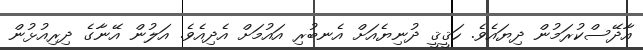
އާދޭސްކުރަމުން ދިޔައެވެ. ހަޤީޤީ ދުނިޔެއަށް އެނބުރި އައުމަށް އެދިއެވެ. އަލުން އޭނާގެ ދިރިއުޅުން